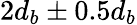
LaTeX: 2d_{b}\pm 0.5d_{b}